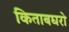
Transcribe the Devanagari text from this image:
किताबघरो